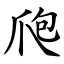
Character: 爮